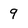
Character: 9